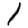
Digit: 1